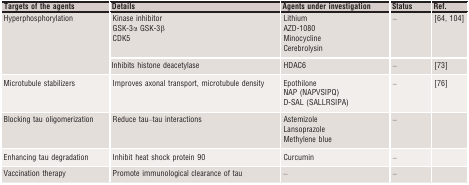
<table><thead><tr><td><b>Targets of the agents</b></td><td><b>Details</b></td><td><b>Agents under investigation</b></td><td><b>Status</b></td><td><b>Ref.</b></td></tr></thead><tbody><tr><td rowspan="2">Hyperphosphorylation</td><td>Kinase inhibitorGSK‐3α GSK‐3βCDK5</td><td>LithiumAZD‐1080MinocyclineCerebrolysin</td><td>–</td><td>64, 104</td></tr><tr><td>Inhibits histone deacetylase</td><td>HDAC6</td><td>–</td><td>73</td></tr><tr><td>Microtubule stabilizers</td><td>Improves axonal transport, microtubule density</td><td>EpothiloneNAP (NAPVSIPQ)D‐SAL (SALLRSIPA)</td><td>–</td><td>76</td></tr><tr><td>Blocking tau oligomerization</td><td>Reduce tau–tau interactions</td><td>AstemizoleLansoprazoleMethylene blue</td><td>–</td><td></td></tr><tr><td>Enhancing tau degradation</td><td>Inhibit heat shock protein 90</td><td>Curcumin</td><td>–</td><td></td></tr><tr><td>Vaccination therapy</td><td>Promote immunological clearance of tau</td><td>–</td><td>–</td><td></td></tr></tbody></table>